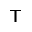
^ \mathsf { T }